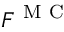
F ^ { \mathrm { ~ M ~ C ~ } }